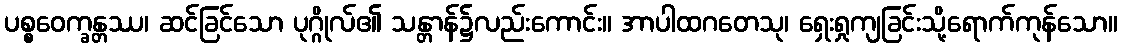
ပစ္စဝေက္ခန္တဿ၊ ဆင်ခြင်သော ပုဂ္ဂိုလ်၏ သန္တာန်၌လည်းကောင်း။ အာပါထဂတေသု၊ ရှေးရှုကျခြင်းသို့ရောက်ကုန်သော။